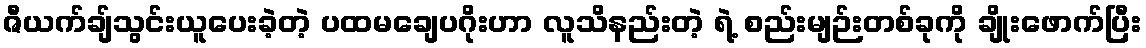
ဇီယက်ချ်သွင်းယူပေးခဲ့တဲ့ ပထမချေပဂိုးဟာ လူသိနည်းတဲ့ ရဲ့ စည်းမျဉ်းတစ်ခုကို ချိုးဖောက်ပြီး